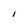
Character: 1